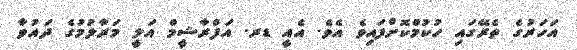
އަހަރުގެ ތެރޭގައި ހުކުމްކޮށްފައިވެ އެެވެ. އެއީ ޑރ. އަފްރާޝީމް އަލީ މަރާލުމުގެ ދައުވާ